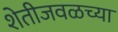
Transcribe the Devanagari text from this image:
शेतीजवळच्या